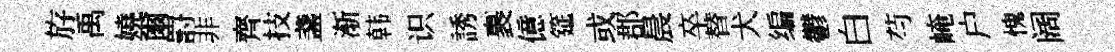
斿禹嬈爾罸非齊技盞渐韩识誘裹億筵或郡晨卒替犬编鬱白芍崦户愧阔